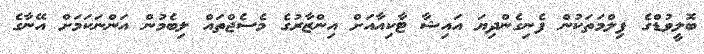
ބޮލީވުޑްގެ ފިލްމަތަކުން ފެނިގެންދިޔަ އައިޝާ ޓާކިއާއަށް އިންޒާރުގެ މެސެޖްތައް ލިބެމުން އަންނަކަމަށް އޭނާގެ